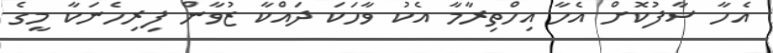
އެހާ ސާފުކޮށް އެހާ އިހްތިރާމާ އެކު ވާހަކަ ދައްކާ ޒުވާން ފިރިހެނަކާ މީގެ